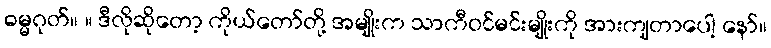
ဓမ္မဂုတ်။ ။ ဒီလိုဆိုတော့ ကိုယ်တော်တို့ အမျိုးက သာကီဝင်မင်းမျိုးကို အားကျတာပေါ့ နော်။